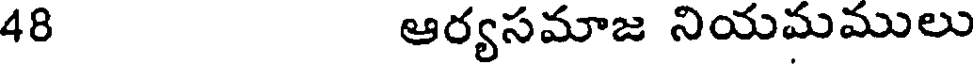
48 ఆర్యసమాజ నియమములు